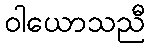
ဝါယောသညီ